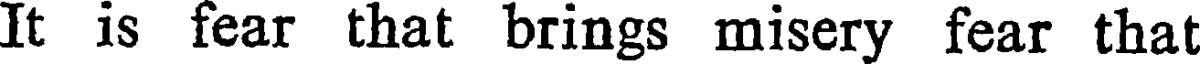
It is fear that brings misery fear that